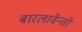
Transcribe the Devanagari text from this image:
बारलावेन्तो